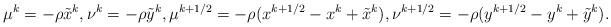
LaTeX: \begin{align*}\mu^{k} = -\rho\tilde x^k, \nu^{k} = -\rho\tilde y^k, \mu^{k+1/2} = -\rho(x^{k+1/2} - x^k + \tilde x^k), \nu^{k+1/2} = -\rho (y^{k+1/2} - y^k + \tilde y^k). \end{align*}